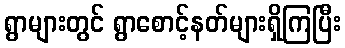
ရွာများတွင် ရွာစောင့်နတ်များရှိကြပြီး